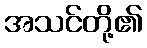
အသင်တို့၏